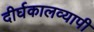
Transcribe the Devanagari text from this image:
दीर्घकालव्यापी